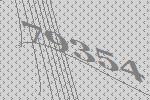
79354